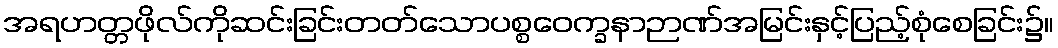
အရဟတ္တဖိုလ်ကိုဆင်းခြင်းတတ်သောပစ္စဝေက္ခနာဉာဏ်အမြင်းနှင့်ပြည့်စုံစေခြင်း၌။